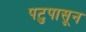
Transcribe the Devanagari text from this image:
पटुपासून